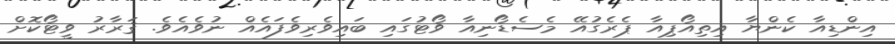
އިންޑިއާ ކެންޔާ އިތިއޯޕިއާ ޕެރެގުއޭ މެސެޑޯނިއާ ވޯޓުގައި ބައިވެރިވެފައެއް ނުވެއެވެ. ޤަރާރު ވީޓޯކޮށް